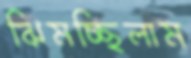
ঝিমচ্ছিলাম